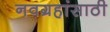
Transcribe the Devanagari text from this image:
नवग्रहांसाठी